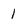
Character: 1